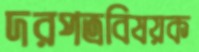
দরপত্রবিষয়ক